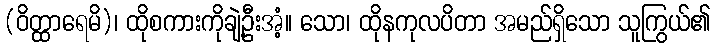
(ဝိတ္ထာရေမိ)၊ ထိုစကားကိုချဲ့ဦးအံ့။ သော၊ ထိုနကုလပိတာ အမည်ရှိသော သူကြွယ်၏